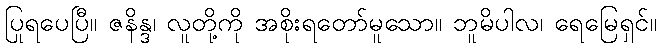
ပြုရပေပြီ။ ဇနိန္ဒ၊ လူတို့ကို အစိုးရတော်မူသော။ ဘူမိပါလ၊ ရေမြေရှင်။